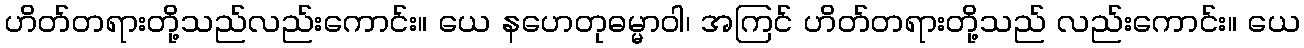
ဟိတ်တရားတို့သည်လည်းကောင်း။ ယေ နဟေတုဓမ္မာဝါ၊ အကြင် ဟိတ်တရားတို့သည် လည်းကောင်း။ ယေ